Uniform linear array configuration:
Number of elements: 4
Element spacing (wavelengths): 0.5
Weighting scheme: uniform
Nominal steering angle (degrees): -45
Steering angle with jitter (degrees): -43.919
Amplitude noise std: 0.05
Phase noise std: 0.05

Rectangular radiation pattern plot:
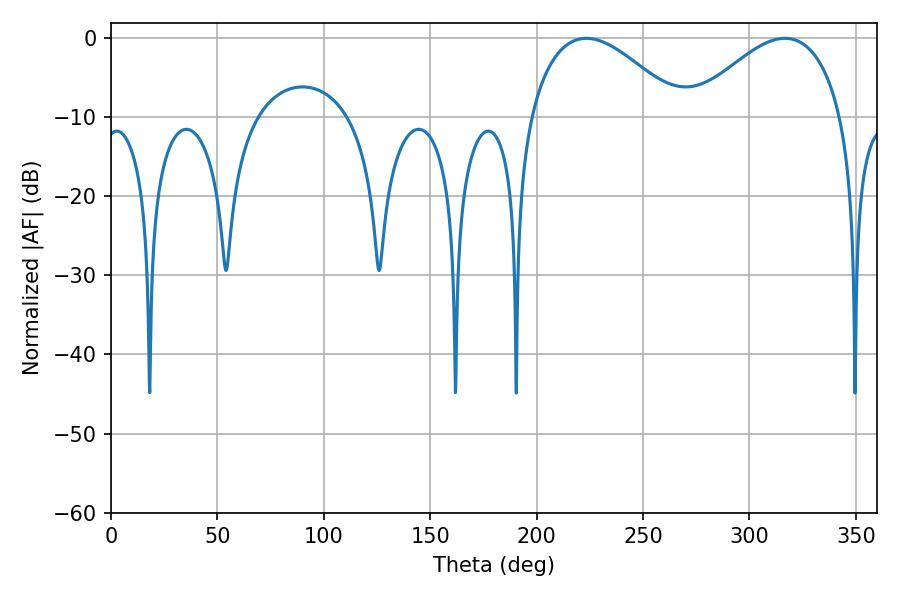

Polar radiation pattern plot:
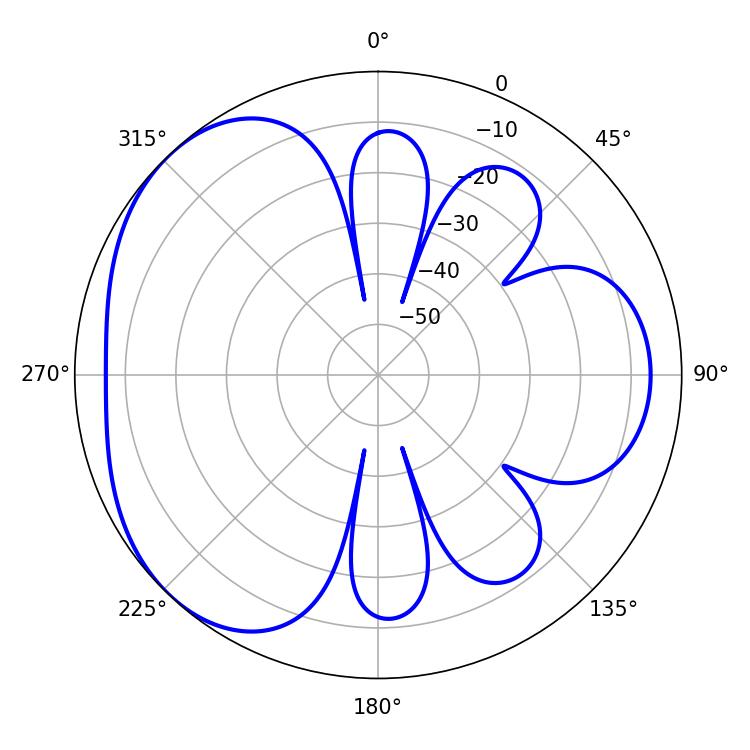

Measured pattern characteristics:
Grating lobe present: FALSE
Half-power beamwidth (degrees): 38.88
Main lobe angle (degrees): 223.38